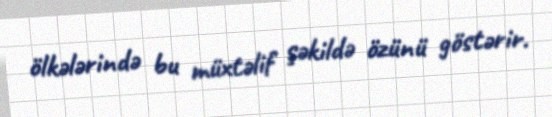
ölkələrində bu müxtəlif şəkildə özünü göstərir.